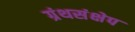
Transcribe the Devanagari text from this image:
ग्रंथसंक्षेप